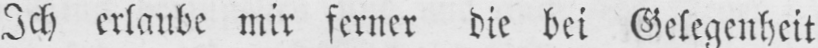
Ich erlaube mir ferner die bei Gelegenheit